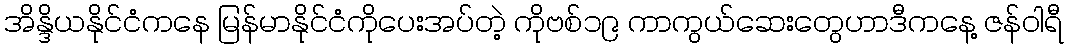
အိန္ဒိယနိုင်ငံကနေ မြန်မာနိုင်ငံကိုပေးအပ်တဲ့ ကိုဗစ်၁၉ ကာကွယ်ဆေးတွေဟာဒီကနေ့ ဇန်ဝါရီ